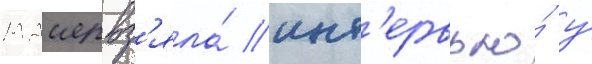
маиер вз'яла́ инт'ервью́ у́